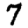
Digit: 7